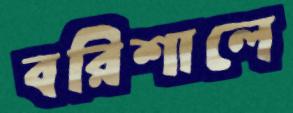
বরিশালে